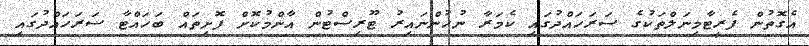
އެގޮތުން ފެރީޓާމިނަލްތަކުގެ ސަރަހައްދުގައި ކެމަރާ ނުހުންނައިރު ޓޫރިސްޓުން އާންމުކޮށް ފޮށިތައް ބަހައްޓާ ސަރަހައްދުގައި